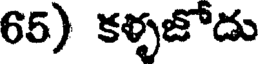
65) కళ్ళజోడు